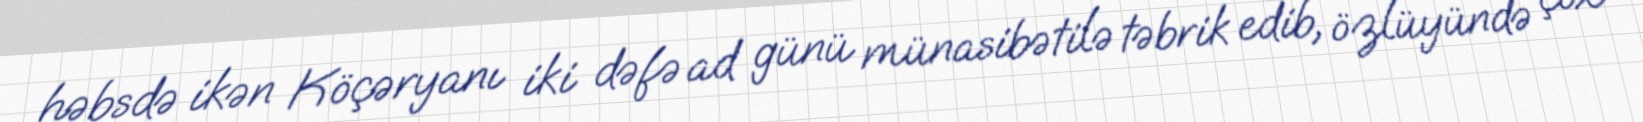
həbsdə ikən Köçəryanı iki dəfə ad günü münasibətilə təbrik edib, özlüyündə çox